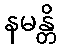
နမန္တိ